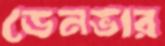
ডেনভার